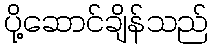
ပို့ဆောင်ချိန်သည်